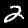
Label: 2